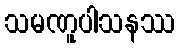
သမဏူပါသနဿ